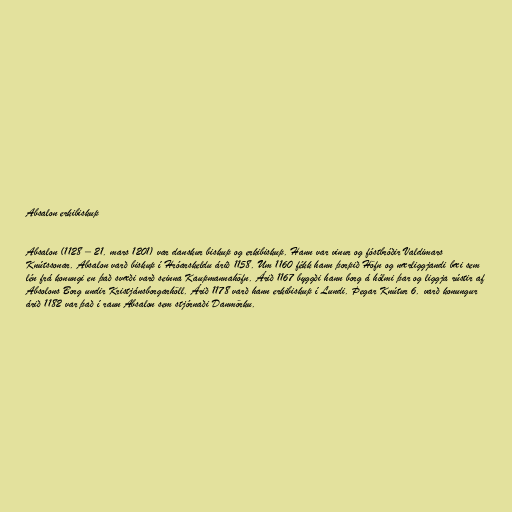
Absalon erkibiskup

Absalon (1128 – 21. mars 1201) var danskur biskup og erkibiskup. Hann var vinur og fóstbróðir Valdimars
Knútssonar. Absalon varð biskup í Hróarskeldu árið 1158. Um 1160 fékk hann þorpið Höfn og nærliggjandi bæi sem
lén frá konungi en það svæði varð seinna Kaupmannahöfn. Árið 1167 byggði hann borg á hólmi þar og liggja rústir af
Absolons Borg undir Kristjánsborgarhöll. Árið 1178 varð hann erkibiskup í Lundi. Þegar Knútur 6. varð konungur
árið 1182 var það í raun Absalon sem stjórnaði Danmörku.